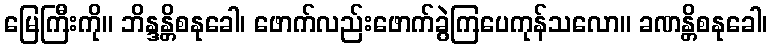
မြေကြီးကို။ ဘိန္ဒန္တိစနုခေါ၊ ဖောက်လည်းဖောက်ခွဲကြပေကုန်သလော။ ခဏန္တိစနုခေါ၊